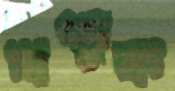
খণ্ডুক